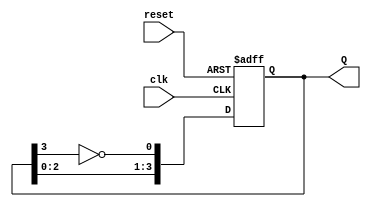
module johnson_counter (
    input wire clk,       // Clock signal
    input wire reset,     // Asynchronous reset signal
    output reg [3:0] Q    // 4-bit output representing the current state
);

    // Asynchronous reset and state transition
    always @(posedge clk or posedge reset) begin
        if (reset) begin
            Q <= 4'b0000; // Initialize to 0000 on reset
        end else begin
            Q[0] <= ~Q[3]; // Inverted output of the last flip-flop
            Q[1] <= Q[0];  // Shift the state
            Q[2] <= Q[1];  // Shift the state
            Q[3] <= Q[2];  // Shift the state
        end
    end

endmodule